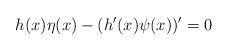
LaTeX: \begin{align*}h(x)\eta(x)-(h'(x)\psi(x))'=0\end{align*}